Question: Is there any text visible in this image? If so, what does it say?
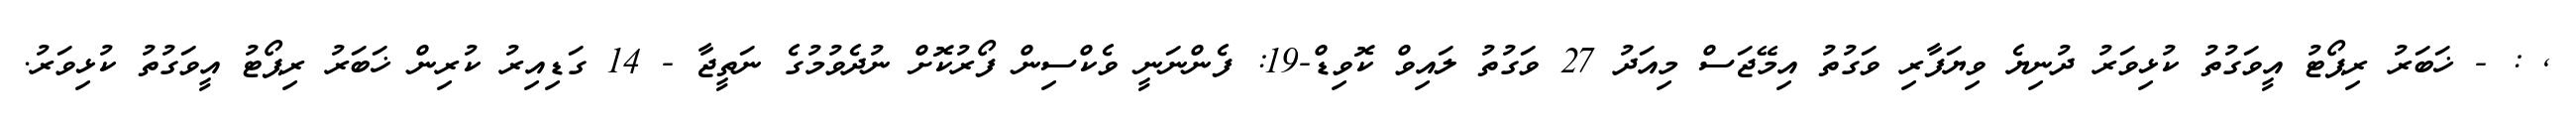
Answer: , : - ޚަބަރު ރިޕޯޓު އީވަގުތު ކުޅިވަރު ދުނިޔެ ވިޔަފާރި ވަގުތު އިމޭޖަސް މިއަދު 27 ވަގުތު ލައިވް ކޮވިޑް-19: ފެންނަނީ ވެކްސިން ފޯރުކޮށް ނުދެވުމުގެ ނަތީޖާ - 14 ގަޑިއިރު ކުރިން ޚަބަރު ރިޕޯޓު އީވަގުތު ކުޅިވަރު.